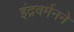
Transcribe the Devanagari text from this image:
इंद्रवर्मनने